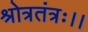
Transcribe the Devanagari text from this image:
श्रोत्रतंत्रः।।